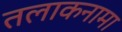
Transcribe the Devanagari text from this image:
तलाकनामा